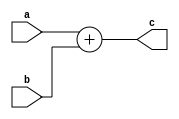

module params(a, b, c);

parameter WIDTH = 32;

input  [WIDTH-1:0] a, b;
output [WIDTH-1:0] c;

assign c = a + b;


endmodule